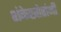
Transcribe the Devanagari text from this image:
शंकेखोरांनी